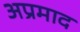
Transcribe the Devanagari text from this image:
अप्रमाद